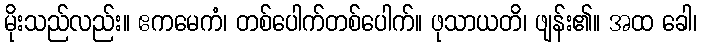
မိုးသည်လည်း။ ဧကမေကံ၊ တစ်ပေါက်တစ်ပေါက်။ ဖုသာယတိ၊ ဖျန်း၏။ အထ ခေါ၊